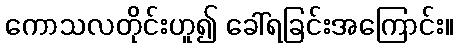
ကောသလတိုင်းဟူ၍ ခေါ်ရခြင်းအကြောင်း။